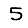
Digit: 5